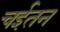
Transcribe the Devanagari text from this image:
चईतन